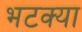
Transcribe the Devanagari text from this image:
भटक्‍या